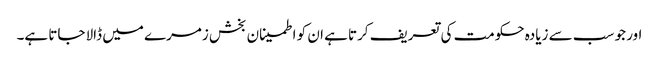
اور جو سب سے زیادہ حکومت کی تعریف کرتا ہے ان کو اطمینان بخش زمرے میں ڈالا جاتا ہے۔